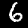
Label: 6